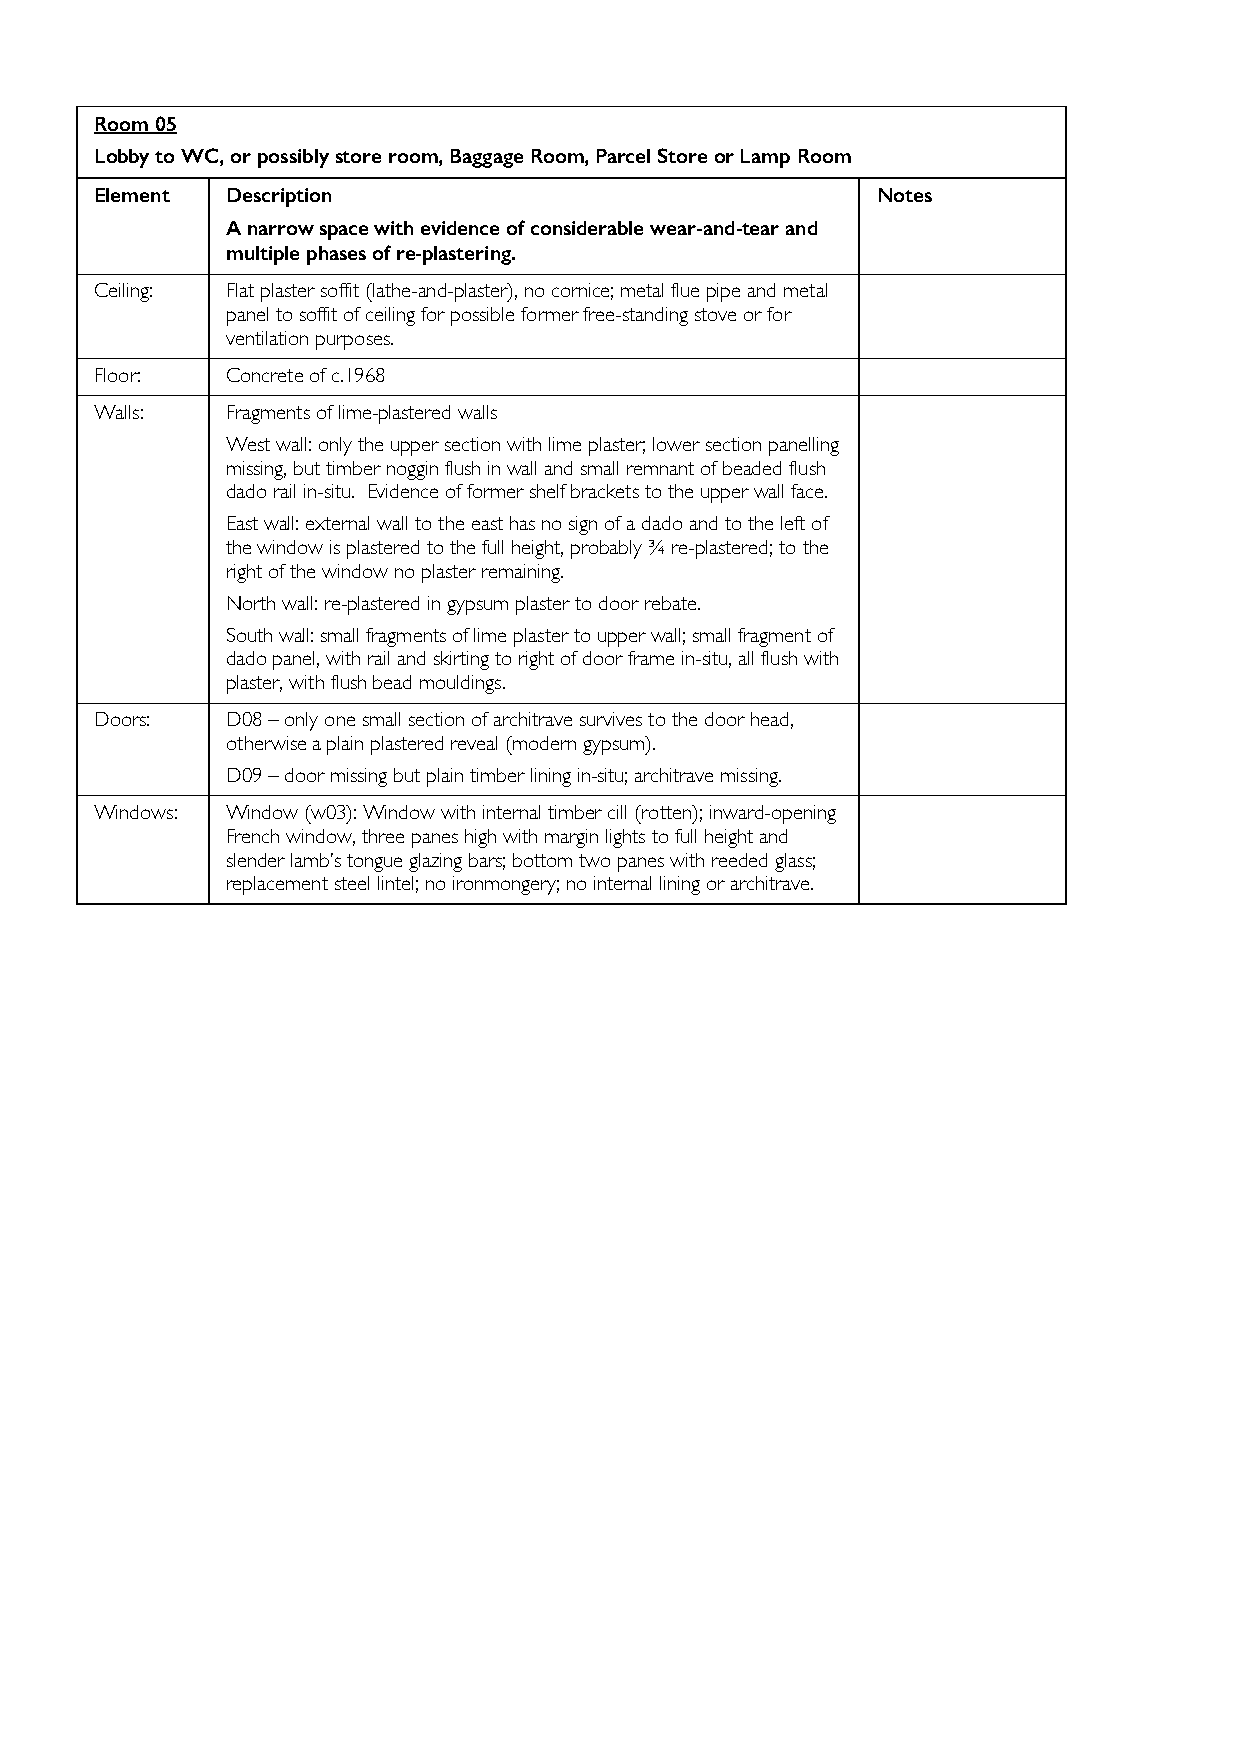
Room 05
 Lobby to WC, or possibly store room, Baggage Room, Parcel Store or Lamp Room
 Element  Description                                Notes
 A narrow space with evidence of considerable wear-and-tear and
 multiple phases of re-plastering.
 Ceiling: Flat plaster soffit (lathe-and-plaster), no cornice; metal flue pipe and metal
 panel to soffit of ceiling for possible former free-standing stove or for
 ventilation purposes.
 Floor:   Concrete of c.1968
 Walls:   Fragments of lime-plastered walls
 West wall: only the upper section with lime plaster; lower section panelling
 missing, but timber noggin flush in wall and small remnant of beaded flush
 dado rail in-situ. Evidence of former shelf brackets to the upper wall face.
 East wall: external wall to the east has no sign of a dado and to the left of
 the window is plastered to the full height, probably ¾ re-plastered; to the
 right of the window no plaster remaining.
 North wall: re-plastered in gypsum plaster to door rebate.
 South wall: small fragments of lime plaster to upper wall; small fragment of
 dado panel, with rail and skirting to right of door frame in-situ, all flush with
 plaster, with flush bead mouldings.
 Doors:   D08 – only one small section of architrave survives to the door head,
 otherwise a plain plastered reveal (modern gypsum).
 D09 – door missing but plain timber lining in-situ; architrave missing.
 Windows: Window (w03): Window with internal timber cill (rotten); inward-opening
 French window, three panes high with margin lights to full height and
 slender lamb’s tongue glazing bars; bottom two panes with reeded glass;
 replacement steel lintel; no ironmongery; no internal lining or architrave.